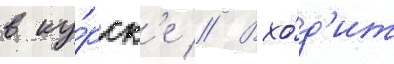
в ку́рск'е // Вхо́д'ит